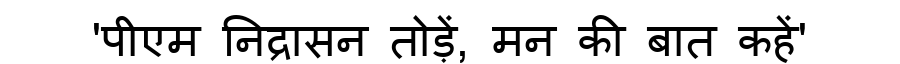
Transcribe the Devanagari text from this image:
'पीएम निद्रासन तोड़ें, मन की बात कहें'